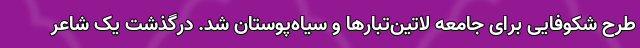
طرح شکوفایی برای جامعه لاتین‌تبارها و سیاه‌پوستان شد. درگذشت یک شاعر